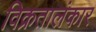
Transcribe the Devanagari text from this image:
विक्रतालंकार